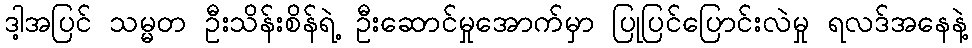
ဒါ့အပြင် သမ္မတ ဦးသိန်းစိန်ရဲ့ ဦးဆောင်မှုအောက်မှာ ပြုပြင်ပြောင်းလဲမှု ရလဒ်အနေနဲ့